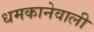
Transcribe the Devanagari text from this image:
धमकानेवाली